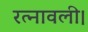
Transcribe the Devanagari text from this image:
रत्नावली।